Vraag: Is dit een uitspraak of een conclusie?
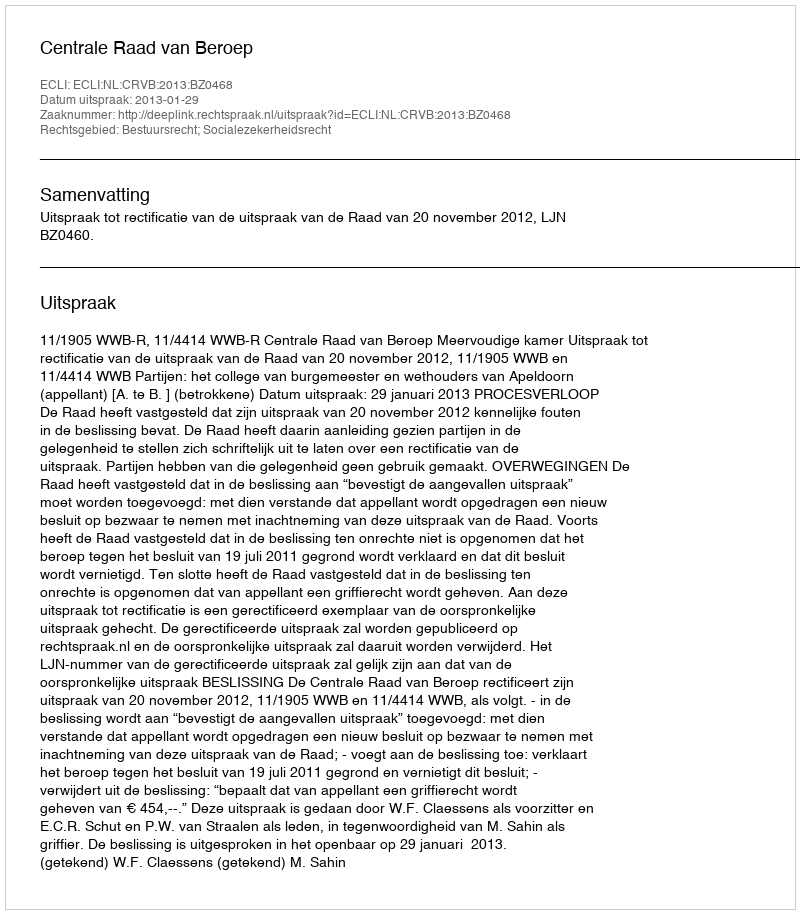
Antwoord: Uitspraak